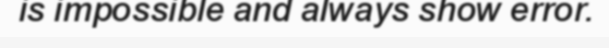
is impossible and always show error.